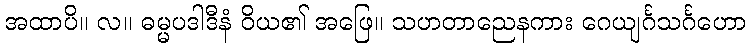
အထာပိ။ လ။ ဓမ္မပဒါဒီနံ ဝိယ၏ အဖြေ။ သဟတာညေနကား ဂေယျင်္ဂသင်္ဂဟော